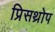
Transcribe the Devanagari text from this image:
प्रिसथ्रोप